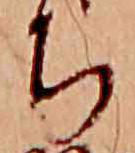
ち